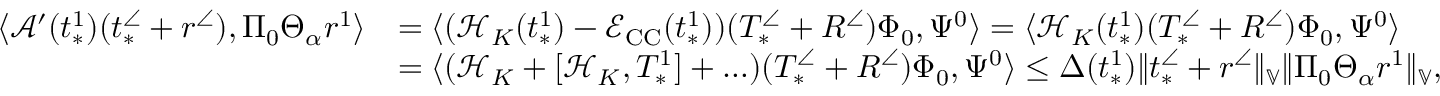
\begin{array} { r l } { \langle \mathcal { A } ^ { \prime } ( t _ { * } ^ { 1 } ) ( t _ { * } ^ { \angle } + r ^ { \angle } ) , \Pi _ { 0 } \Theta _ { \alpha } r ^ { 1 } \rangle } & { = \langle ( \mathcal { H } _ { K } ( t _ { * } ^ { 1 } ) - \mathcal { E } _ { \mathrm { C C } } ( t _ { * } ^ { 1 } ) ) ( T _ { * } ^ { \angle } + R ^ { \angle } ) \Phi _ { 0 } , \Psi ^ { 0 } \rangle = \langle \mathcal { H } _ { K } ( t _ { * } ^ { 1 } ) ( T _ { * } ^ { \angle } + R ^ { \angle } ) \Phi _ { 0 } , \Psi ^ { 0 } \rangle } \\ & { = \langle ( \mathcal { H } _ { K } + [ \mathcal { H } _ { K } , T _ { * } ^ { 1 } ] + \ldots ) ( T _ { * } ^ { \angle } + R ^ { \angle } ) \Phi _ { 0 } , \Psi ^ { 0 } \rangle \le \Delta ( t _ { * } ^ { 1 } ) \| t _ { * } ^ { \angle } + r ^ { \angle } \| _ { \mathbb { V } } \| \Pi _ { 0 } \Theta _ { \alpha } r ^ { 1 } \| _ { \mathbb { V } } , } \end{array}